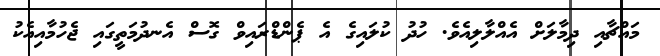
މައްޗާއި ދިމާލަށް އެއްލާލިއެވެ. ހުދު ކުލައިގެ އެ ޕެންޑްރައިވް ގޮސް އެނދުމަތީގައި ޖެހުމާއިއެކު